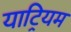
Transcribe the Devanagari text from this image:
याट्रियम